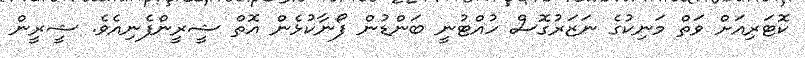
ކޮޓަރިއަށް ވަތް މަނިކުގެ ނަޒަރުގޮސް ހުއްޓުނީ ބަންޑުން ފޯނާކުޅެން އޮތް ޝީރީންފެނިއެވެ. ޝީރީން